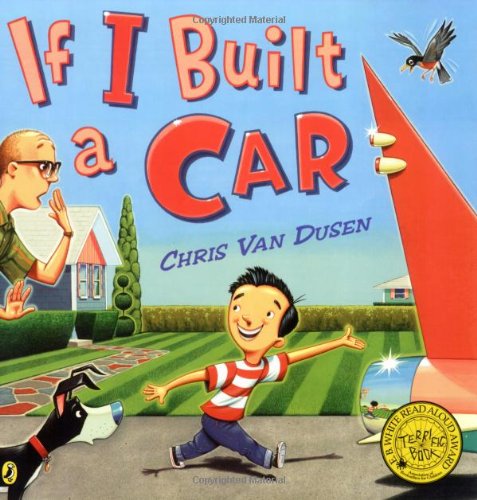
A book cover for If I Built a Car; Chris Van Dusen; Children's Books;